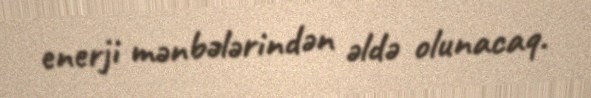
enerji mənbələrindən əldə olunacaq.